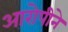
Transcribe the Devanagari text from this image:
आरोपीने